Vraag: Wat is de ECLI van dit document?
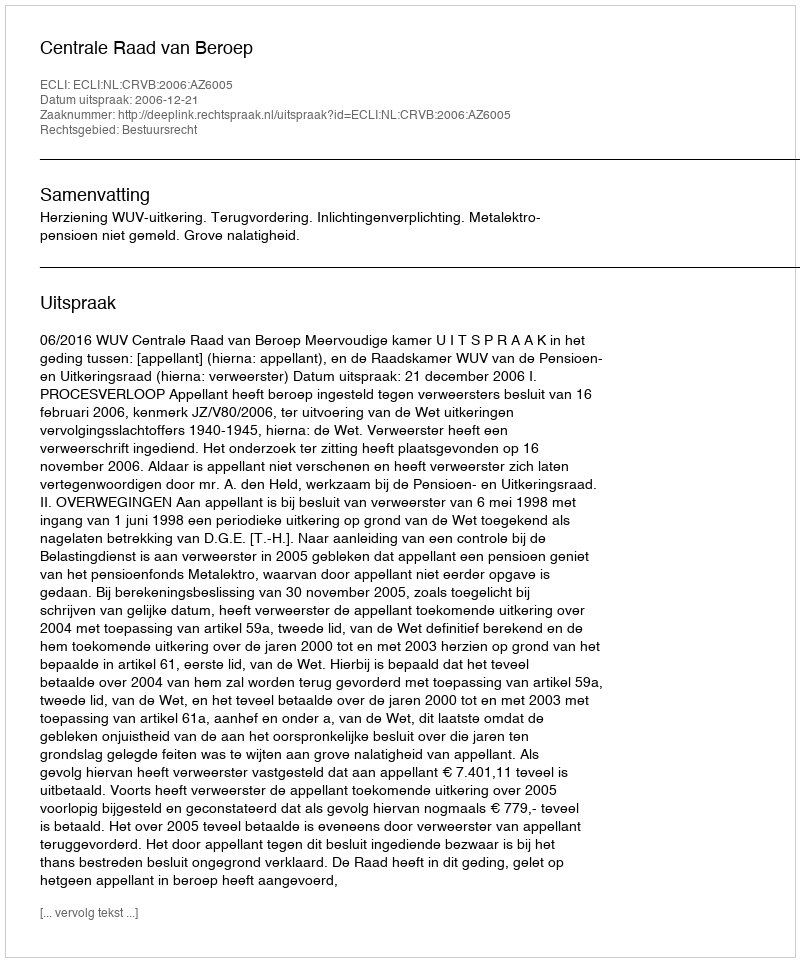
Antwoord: ECLI:NL:CRVB:2006:AZ6005